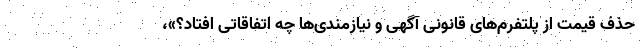
حذف قیمت از پلتفرم‌های قانونی آگهی و نیازمندی‌ها چه اتفاقاتی افتاد؟»،